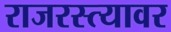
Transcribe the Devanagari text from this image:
राजरस्त्यावर